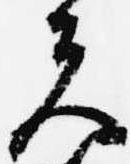
夫